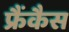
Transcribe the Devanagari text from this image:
फ्रैंकैस